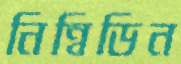
নিন্বিডিন